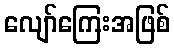
လျော်ကြေးအဖြစ်